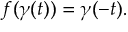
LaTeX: f ( \gamma ( t ) ) = \gamma ( - t ) .